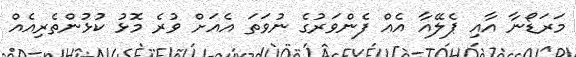
މަރަޑޯނާ އާއި ޕެލޭއާ އެއް ފެންވަރުގެ ނުވަތަ އެއަށް ވުރެ މޮޅު ކުޅުންތެރިއެއް